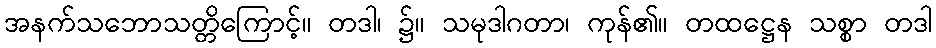
အနက်သဘောသတ္တိကြောင့်။ တဒါ၊ ၌။ သမုဒါဂတာ၊ ကုန်၏။ တထဋ္ဌေန သစ္စာ တဒါ